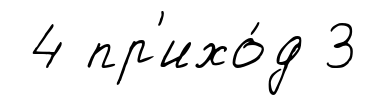
4 пр'ихо́д 3